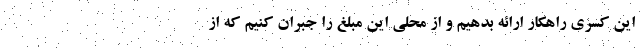
این کسری راهکار ارائه بدهیم و از محلی این مبلغ را جبران کنیم که از